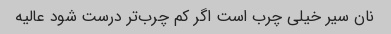
نان سیر خیلى چرب است اگر کم چرب‌تر درست شود عالیه